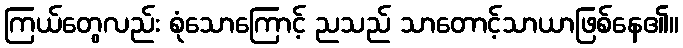
ကြယ်တွေလည်း စုံသောကြောင့် ညသည် သာတောင့်သာယာဖြစ်နေ၏။